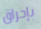
بإحراق